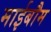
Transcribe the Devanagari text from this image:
माईबौम